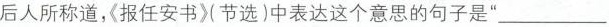
后人所称道，报任安书〉(节选)中表达这个意思的句子是”___